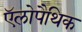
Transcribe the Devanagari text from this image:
ऍलोपैथिक